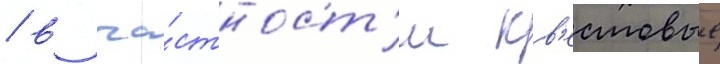
/ в ча́стност'и кв'естовые